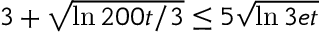
3 + \sqrt { \ln { 2 0 0 t / 3 } } \le 5 \sqrt { \ln { 3 e t } }